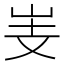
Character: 㞿